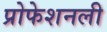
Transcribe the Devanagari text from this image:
प्रोफेशनली